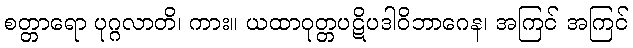
စတ္တာရော ပုဂ္ဂလာတိ၊ ကား။ ယထာဝုတ္တပဋိပဒါဝိဘာဂေန၊ အကြင် အကြင်